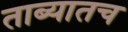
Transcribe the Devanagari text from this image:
ताब्यातच